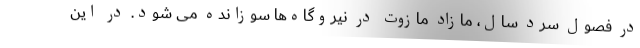
در فصول سرد سال، مازاد مازوت در نیروگاه‌ها سوزانده می شود.‌ در این